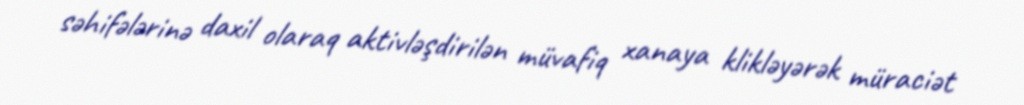
səhifələrinə daxil olaraq aktivləşdirilən müvafiq xanaya klikləyərək müraciət